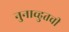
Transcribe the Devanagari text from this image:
नुनाव्हुतची